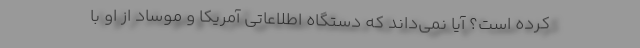
کرده است؟ آیا نمی‌داند که دستگاه اطلاعاتی آمریکا و موساد از او با